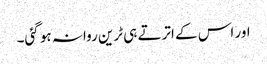
اور اس کے اترتے ہی ٹرین روانہ ہو گئی۔